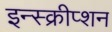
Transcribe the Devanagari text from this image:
इन्स्क्रीप्शन